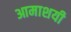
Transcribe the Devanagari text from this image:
आमाशयी